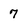
Character: 7